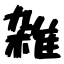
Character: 雑